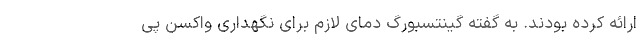
ارائه کرده بودند. به گفته گینتسبورگ دمای لازم برای نگهداری واکسن پی